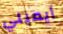
أيميلي